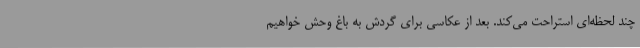
چند لحظه‌ای استراحت می‌کند. بعد از عکاسی برای گردش به باغ وحش خواهیم